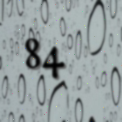
84